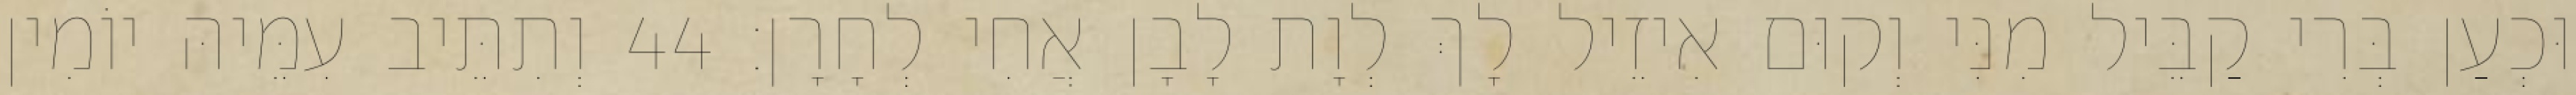
וּכְעַן בְּרִי קַבֵּיל מִנִּי וְקוּם אִיזֵיל לָךְ לְוָת לָבָן אֲחִי לְחָרָן׃ 44 וְתִתֵּיב עִמֵּיהּ יוֹמִין